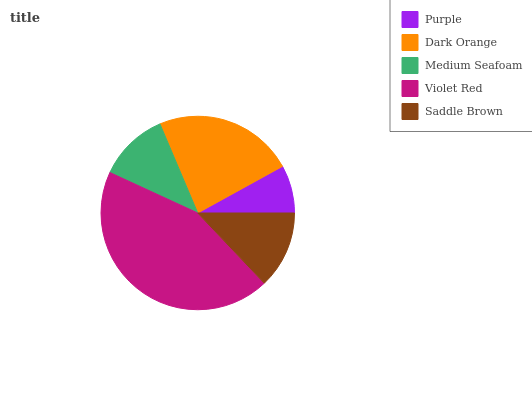
| Purple | Dark Orange | Medium Seafoam | Violet Red | Saddle Brown |
 | --- | --- | --- | --- | --- |
 | 8.01% | 23.4% | 11.7% | 43.9% | 12.9% |